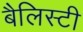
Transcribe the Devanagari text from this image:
बैलिस्टी